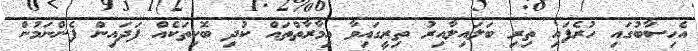
އެހިސާބުގައި ހުރެފައި ތިރި ބަލައިލާއިރު ތިރީގައިވާ އިމާރާތްތައް ކުދި ބޮކިތަކެއް ފަދައިން ފެންނަމުން